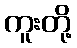
ကူးတို့